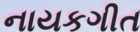
નાયકગીત